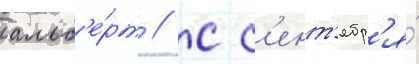
альб'е́рт // С с'ент'ябр'я́